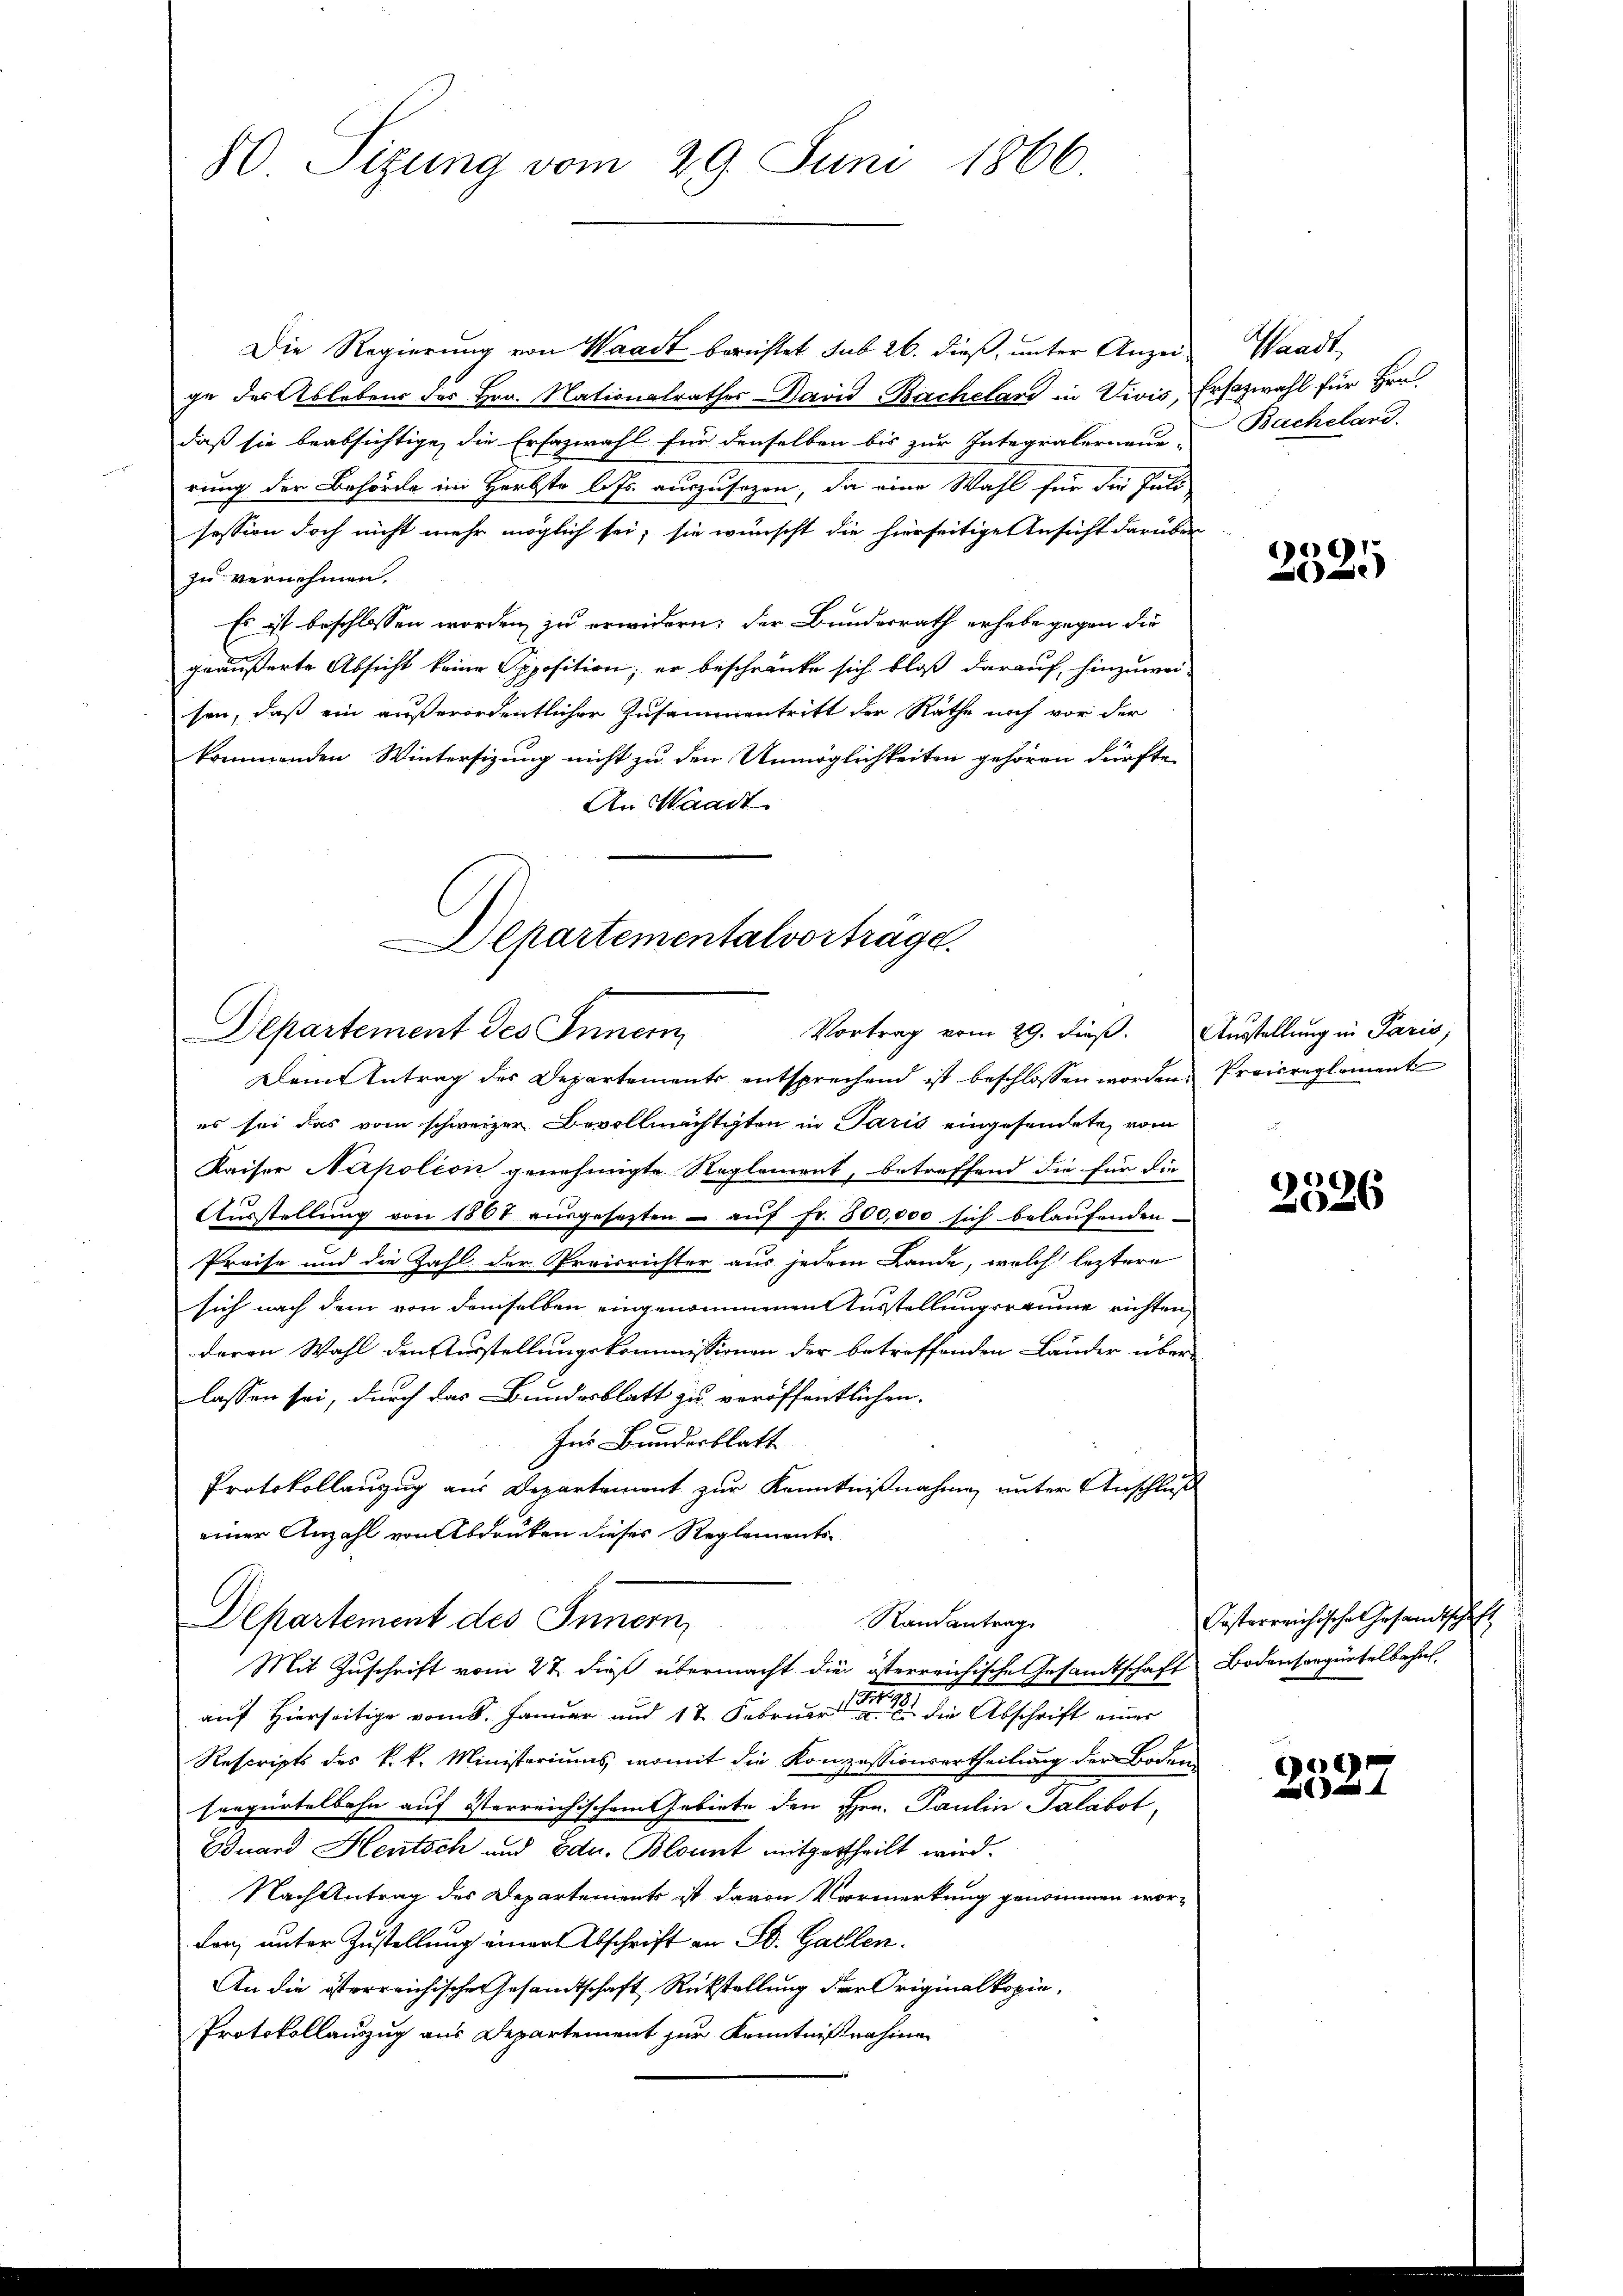
80 Sizung vom 29. Juni 1866.

Die Regierung von Waadt berichtet sub 26. dieß, unter Anzei-
ge des Ablebens des Hrn. Nationalrathes David Bacheland in Vivis, Ersazwahl für Hrn.
daß sie beabsichtige, die Erfazwahl für denselben bis zur Integralerneue-
rung der Behörde im Herbste l. Js. auszusagen, da eine Wahl für die Juli
session doch nicht mehr möglich sei, sie wünscht die hierseitige Ansicht darüber
zu vernehmen.
Es ist beschlossen worden zu erwidern: der Bundesrath erhebe gegen die
geäußerte Absicht keine Opposition, er beschränke sich bloß darauf, hinzuweisen, daß ein außerordentlicher Zusammentritt der Räthe noch vor der
kommenden Wintersizung nicht zu den Unmöglichkeiten gehören dürfte
An Waadt
Damt Antrag des Departements entsprechend ist beschlossen worden. Preisreglement
es sei das vom schweizer Bevollmächtigten in Paris eingesendete, vom
Kaiser Napolion genehmigte Reglement, betreffend die für die
Ausstellung von 1807 aŭsgesetzten - auf Fr. 300,000 sich belaufenden
Preise und die Zahl der Preisrichter aus jedem Lande, welch leztere
sich nach dem von demselben eingenommenen Ausstellungsraume richten,
deren Wahl den Ausstellungskommissionen der betreffenden Länder über-
lassen sei, durch das Bundesblatt zu veröffentlichen
Ins Bundesblatt
Protokollanzug aus Departement zur Kenntnißnahme unter Anschluß
einer Anzahl von Abdruken dieses Reglements
Randantrag
Departement des Innern,
x
Mit Zuschrift vom 27. dieß übermacht die österreichische Gesandtschaft Bodensangürtelbahns
auf Hierseitige vom 8. Januar und 17. Februar die Abschrift einer
Rescripts des k.k. Ministeriums, womit die Konzessionsertheilung der Boden
sorpürtelbahn auf österreichischem Gebiete den Hrn. Paulin Salabot,
Bduard Heutsch und Edu. Blonnt mitzutheilt wird.
Nach Antrag des Departements ist davon Vormerkung genommen wor¬
Lanz unter Zustellung einer Abschrift an St. Gallen.
An die österreichische Gesamtschaft Rückstellung der Originalkopie¬
Protokollauszug aus Departement zur Kenntnißnahme

Departementalvorträge.
Departement des Innern, Vortrag vom 29. dieß. Austellung in Paris,

Waadt,
Bacheland.

)
525

)
26

Posterreichische Gesandtschaft

2527